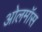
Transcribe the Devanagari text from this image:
ओलमॉस